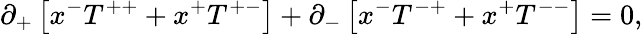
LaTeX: \partial_{+}\left[x^{-}T^{++}+x^{+}T^{+-}\right]+\partial_{-}\left[x^{-}T^{-+}+x^{+}T^{--}\right]=0,